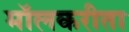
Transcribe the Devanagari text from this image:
मॉलकरीता